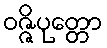
ဝဇ္ဇိပုတ္တော